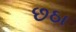
છઠા